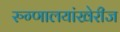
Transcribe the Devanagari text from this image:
रुग्णालयांखेरीज